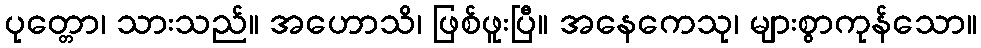
ပုတ္တော၊ သားသည်။ အဟောသိ၊ ဖြစ်ဖူးပြီ။ အနေကေသု၊ များစွာကုန်သော။